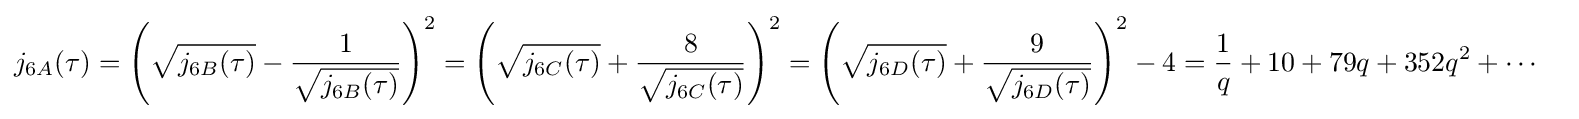
{\begin{aligned}j_{6A}(\tau )&=\left({\sqrt {j_{6B}(\tau )}}-{\frac {1}{\sqrt {j_{6B}(\tau )}}}\right)^{2}=\left({\sqrt {j_{6C}(\tau )}}+{\frac {8}{\sqrt {j_{6C}(\tau )}}}\right)^{2}=\left({\sqrt {j_{6D}(\tau )}}+{\frac {9}{\sqrt {j_{6D}(\tau )}}}\right)^{2}-4={\frac {1}{q}}+10+79q+352q^{2}+\cdots \end{aligned}}